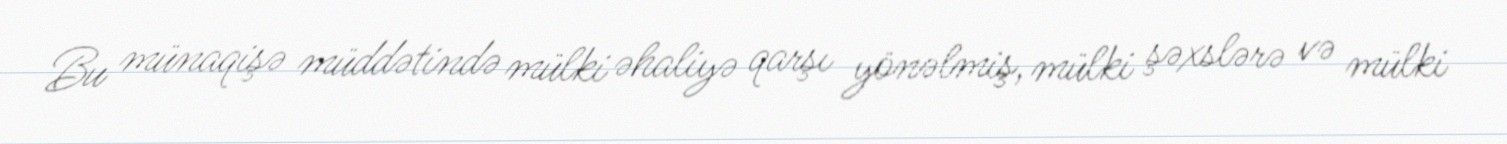
Bu münaqişə müddətində mülki əhaliyə qarşı yönəlmiş, mülki şəxslərə və mülki